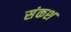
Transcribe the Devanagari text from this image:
संकश